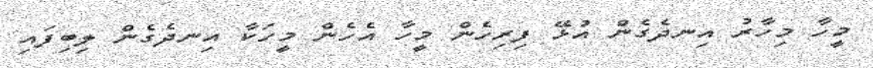
މީހާ މިހާރު އިނދެގެން އުޅޭ ފިރިހެން މީހާ އެހެން މީހަކާ އިނދެގެން ލިބިފައި